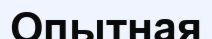
Опытная